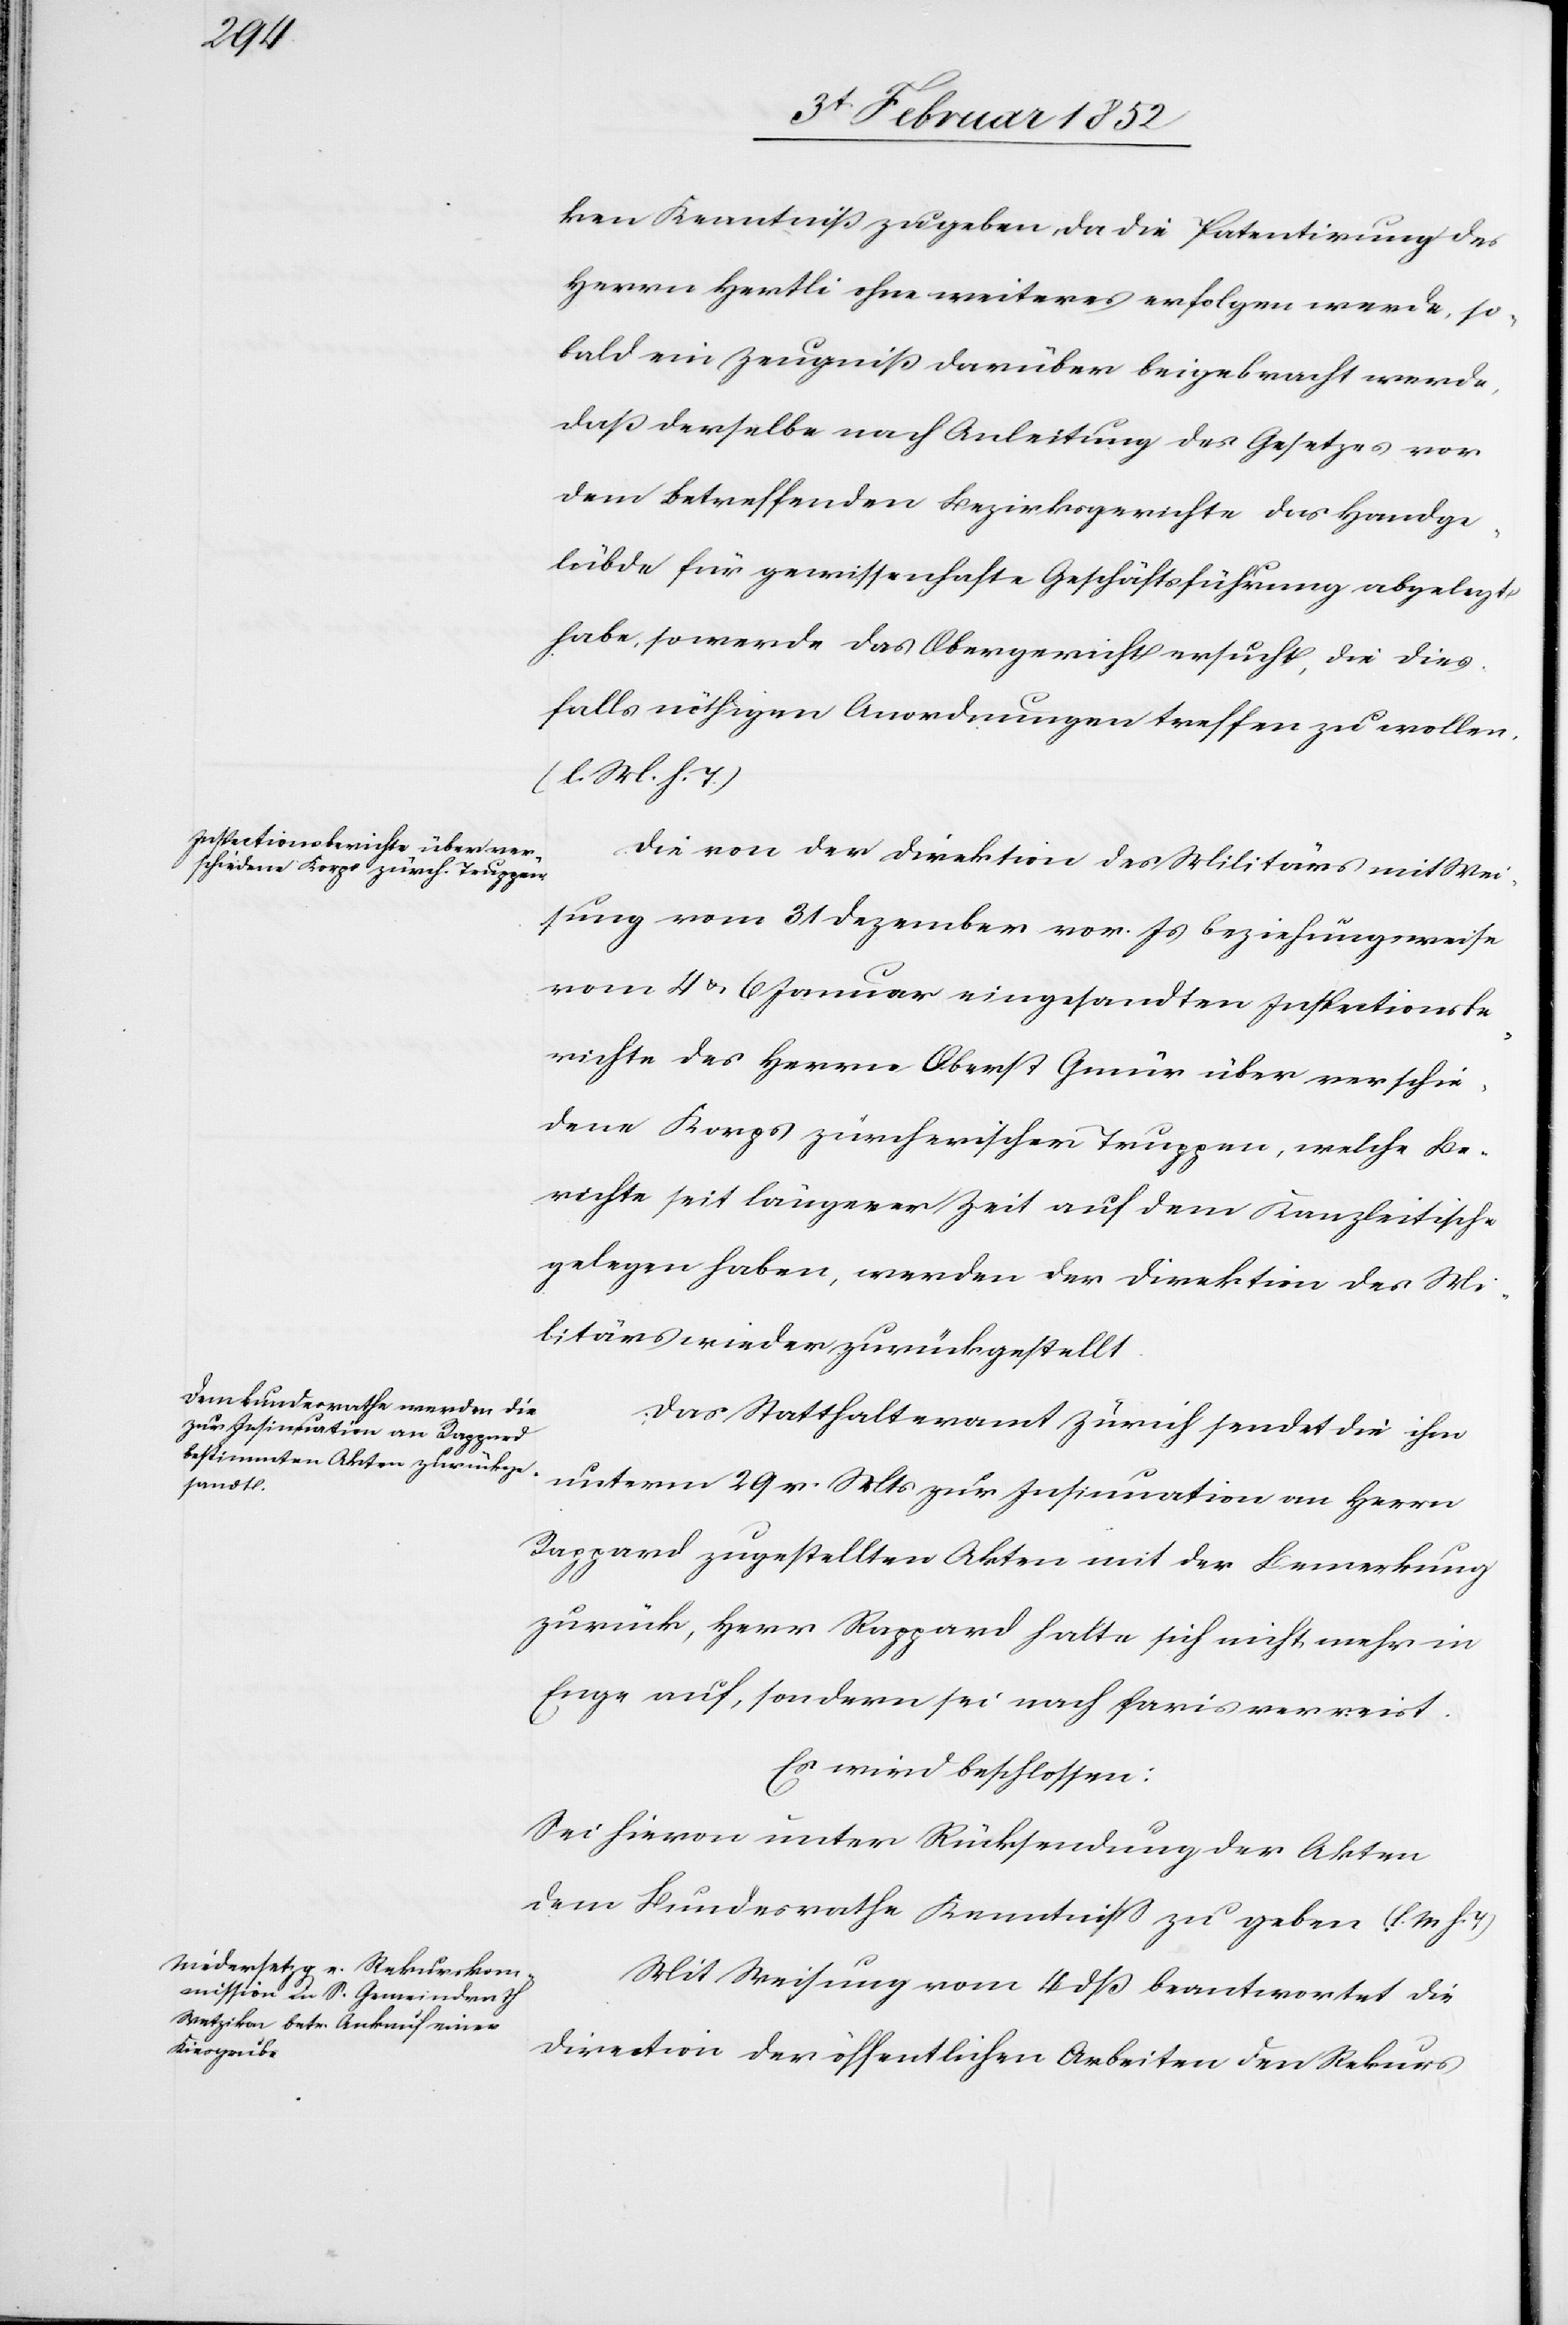
ken Kenntniß zu geben, da die Patentirung des
Herrn Hertli [sic!] ohne weiteres erfolgen werde, so¬
bald ein Zeugniß darüber beigebracht werde,
daß derselbe nach Anleitung des Gesetzes vor
dem betreffenden Bezirksgerichte das Handge¬
lübde für gewissenhafte Geschäftsführung abgelegt
habe, so werde das Obergericht ersucht, die dies¬
falls nöthigen Anwendungen treffen zu wollen
(l. M. h. T.)
Die von der Direktion des Militärs mit Wei¬
sung vom 31 Dezember vor. Js beziehungsweise
vom 4 u. 6 Januar eingesandten Instructionsbe¬
richte des Herrn Oberst Gmür über verschie¬
dene Korps zürcherischer Truppen, welche Be¬
richte seit längerer Zeit auf dem Kanzleitische
gelegen haben, werden der Direktion des Mi¬
litärs wieder zurückgestellt.
Das Statthalteramt Zürich sendet die ihm
unterm 29 v. Mts zur Insinuation an Herrn
Rappard zugestellten Akten mit der Bemerkung
zurück, Herr Rappard halte sich nicht mehr in
Enge auf, sondern sei nach Paris verreist.
Es wird beschlossen:
Sei hiervon unter Rücksendung der Akten
dem Bundesrathe Kenntniß zu geben
Mit Weisung vom 4 dß beantwortet die
Direction der öffentlichen Arbeiten den Rekurs